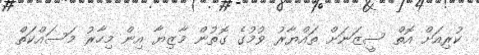
ކުރިއަށް އޮތް ސީޒަނަށް ތައްޔާރު ވުމުގެ ގޮތުން މާޒިޔާ އިން މިހާރު މަސައްކަތް